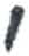
אות: י